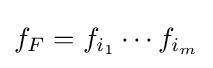
f_{F}=f_{i_{1}}\cdots f_{i_{m}}